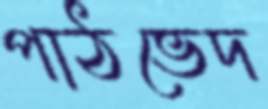
পাঠভেদ